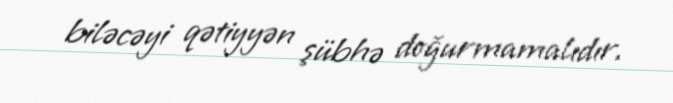
biləcəyi qətiyyən şübhə doğurmamalıdır.